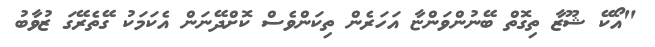
"އޯކޭ ޝޫޒާ ތިގޮތް ބޭނުންވަންޏާ އަހަރެން ތިކަންވެސް ކޮށްދޭނަން އެކަމަކު ގޭތެރޭގަ ޒުވާބު